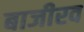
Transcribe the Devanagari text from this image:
बाजीरव